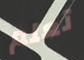
تعلم